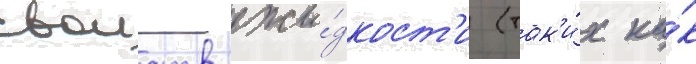
своиств жи́дкост'и (так'и́х ка́к